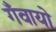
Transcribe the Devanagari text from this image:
गँवायो